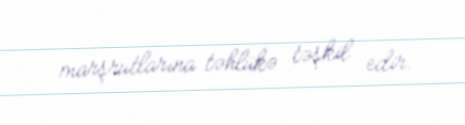
marşrutlarına təhlükə təşkil edir.